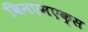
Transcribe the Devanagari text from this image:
विनएमएक्स